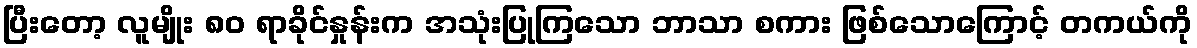
ပြီးတော့ လူမျိုး ၈၀ ရာခိုင်နှုန်းက အသုံးပြုကြသော ဘာသာ စကား ဖြစ်သောကြောင့် တကယ်ကို